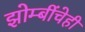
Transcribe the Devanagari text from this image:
झोम्बींचेही